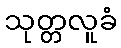
သုတ္တလူခံ